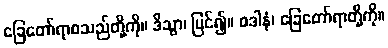
ခြေတော်ရာစသည်တို့ကို။ ဒိသွာ၊ မြင်၍။ ဝဒါနံ၊ ခြေတော်ရာတို့ကို။